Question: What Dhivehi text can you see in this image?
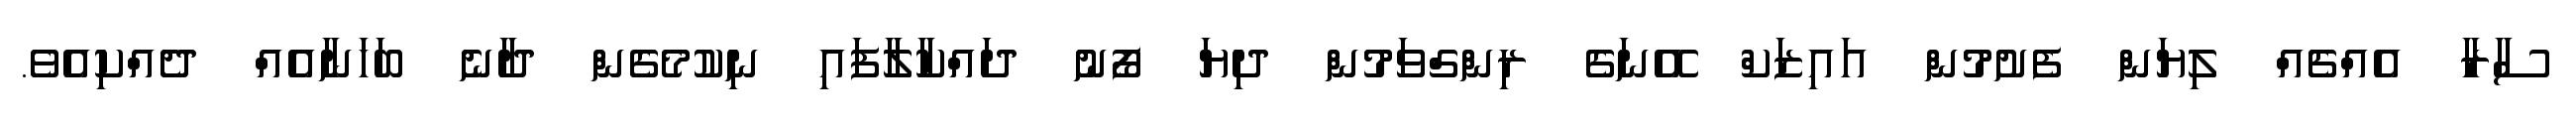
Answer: ސާރާ އެއްޗެއް ލިޔަން ފެށުމުން އައިޒަކް އޭނަގެ ރިންގްވަމުން ދިޔަ ފޯނު ދައްކާލާފައި ނިކުމެގެން ދާނެ ބަހަނާއެއް ދެއްކިއެވެ.